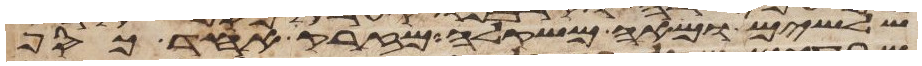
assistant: שלשים ומאה משקלה מזרק אחד כסף